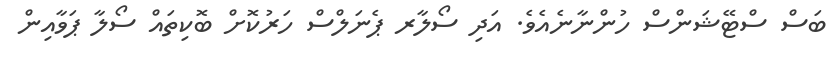
ބަސް ސްޓޭޝަންސް ހުންނާނެއެވެ. އަދި ސޯލާރ ޕެނަލްސް ހަރުކޮށް ބޮކިތައް ސޯލާ ޕަވާއިން